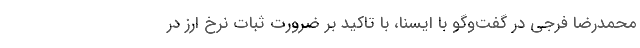
محمدرضا فرجی در گفت‌وگو با ایسنا، با تاکید بر ضرورت ثبات نرخ ارز در